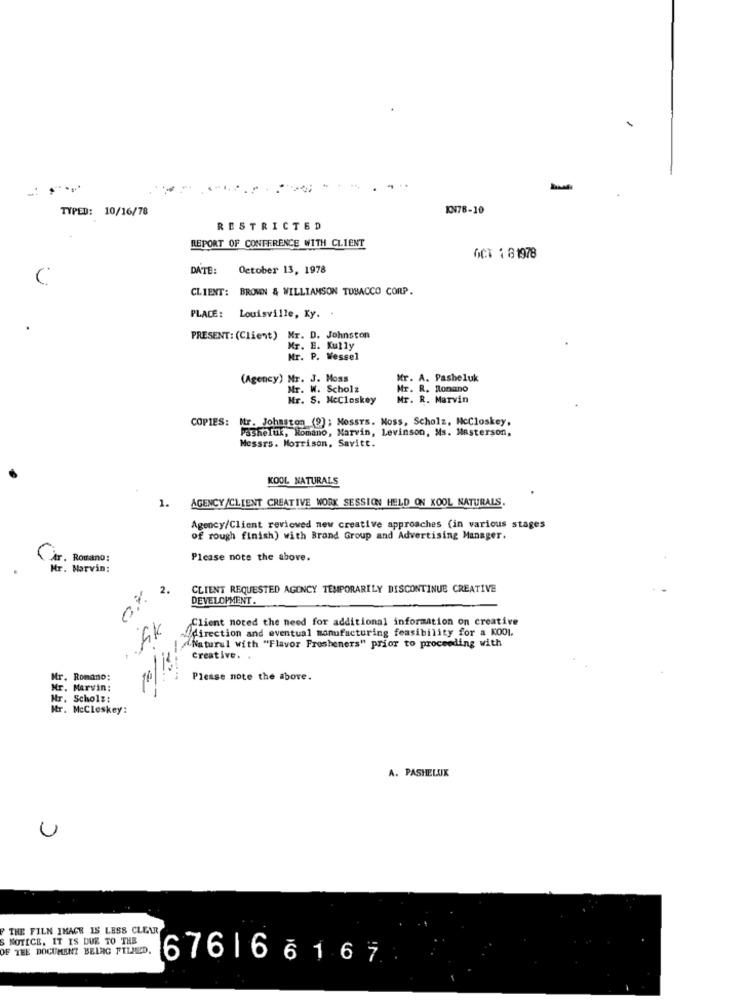
TYPED: 10/16/78
KN78-10
RESTRICTED
REPORT OF CONFERENCE WITH CLIENT
OCT 1 81978
DATE:
October 13, 1978
C
CLIENT: BROWN & WILLIAMSON TOBACCO CORP.
PLACE:
Louisville, Ky.
PRESENT: (Client) Mr. D. Johnston
Mr. E. Kully
Mr. P. Wessel
(Agency) Mr. J. Moss
Mr. A. Pasheluk
Mr. W. Scholz
Mr. R. Ronano
Mr. S. McCloskey
Mr. R. Marvin
COPIES:
Mr. Johnston (9) ; MossTs. Moss, Scholz, NcCloskey,
Pasheluk, Romano, Marvin, Levinson, Ms. Masterson,
Messrs. Morrison, Savitt.
KOOL NATURALS
AGENCY /CLIENT CREATIVE WORK SESSION HELD ON KOOL NATURALS.
1.
Agency/Client reviewed new creative approaches (in various stages
of rough finish) with Brand Group and Advertising Manager.
Romano:
Please note the above.
Mr. Marvin:
2.
CLIENT REQUESTED AGENCY TEMPORARILY DISCONTINUE CREATIVE
DEVELOPMENT.
Client noted the need for additional information on creative
· fik
w/direction and eventual manufacturing feasibility for a KOOI.
%; creative with "Flavor Fresheners" prior to proceeding with
10/18
Mr. Romano:
Please note the above.
Mr. Marvin:
Nr. Scholz:
Mr. McCloskey:
A. PASHELUK
U
THE FILM IMAGE IS LESS CLEAR
S NOTICE, IT IS DUE TO THE
OF THE DOCUMENT BEING PILMED.
6761 66167